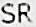
SR